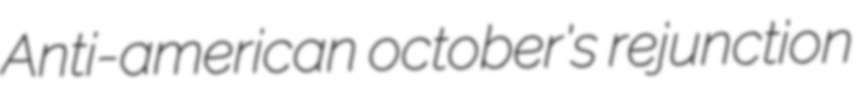
Anti-american october's rejunction